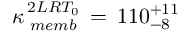
\kappa _ { \, \, m e m b } ^ { \, 2 L R T _ { 0 } } \, = \, 1 1 0 _ { - 8 } ^ { + 1 1 }